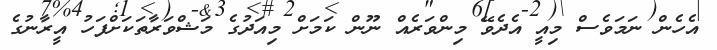
އެހެން ނަމަވެސް މިއީ އެދެވޭ މިންވަރެއް ނޫން ކަމަށް މިއަދުގެ މަޝްވަރާތަކަށްފަހު އީރާނުގެ